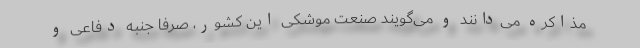
مذاکره می‌دانند و می‌گویند صنعت موشکی این کشور، صرفا جنبه دفاعی و